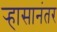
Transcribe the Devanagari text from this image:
र्‍हासानंतर